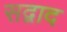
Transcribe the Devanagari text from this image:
सद्वाद